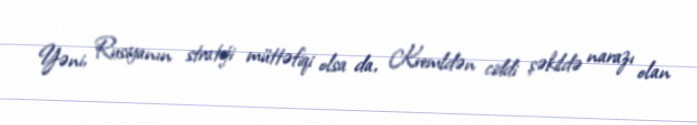
Yəni, Rusiyanın strateji müttəfiqi olsa da, Kremldən ciddi şəkildə narazı olan